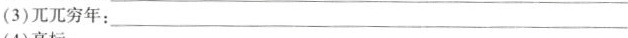
(3)兀兀穷年：_